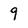
Character: 9